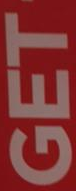
GET